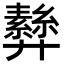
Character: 𢍵